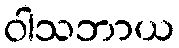
ဝါသဘာယ